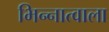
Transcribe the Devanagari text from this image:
भिन्नात्वाला